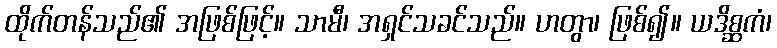
ထိုက်တန်သည်၏ အဖြစ်ဖြင့်။ သာမီ၊ အရှင်သခင်သည်။ ဟတွာ၊ ဖြစ်၍။ ယဒိစ္ဆကံ၊